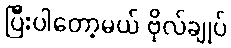
ပြီးပါတော့မယ် ဗိုလ်ချုပ်